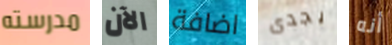
مدرسته الآن اضافة يجدى أنه